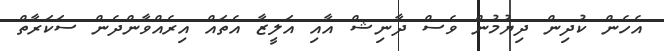
އެހެން ކުދިން ދިޔުމުން ވެސް ދާނިޝް އާއި އަލީޒާ އެތައް އިރެއްވާންދެން ސަކަރާތް